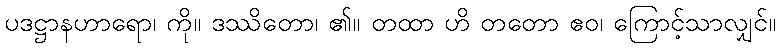
ပဒဋ္ဌာနဟာရော၊ ကို။ ဒဿိတော၊ ၏။ တထာ ဟိ တတော ဧဝ၊ ကြောင့်သာလျှင်။